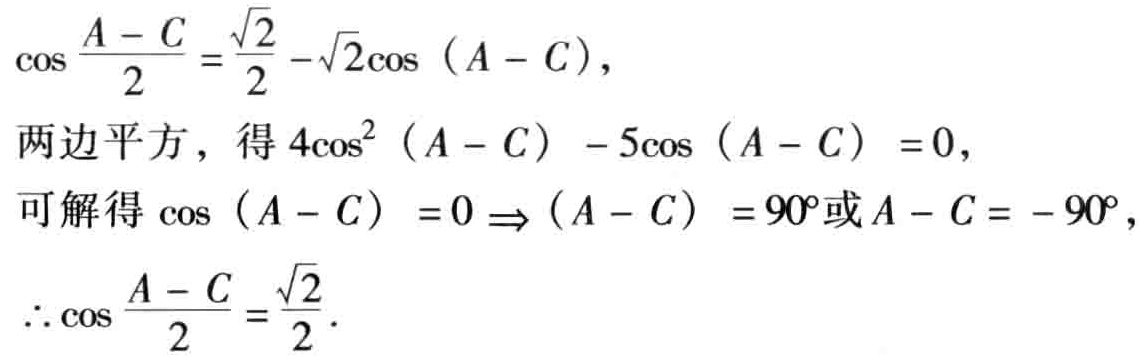
\[\begin{align*}

&\cos\frac{A - C}{2}=\frac{\sqrt{2}}{2}-\sqrt{2}\cos(A - C),\\

&两边平方，得4\cos^{2}(A - C)-5\cos(A - C)=0,\\

&可解得\cos(A - C)=0\Rightarrow(A - C)=90^{\circ}或A - C=-90^{\circ},\\

&\therefore\cos\frac{A - C}{2}=\frac{\sqrt{2}}{2}.

\end{align*}\]